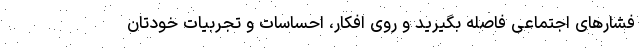
فشار‌های اجتماعی فاصله بگیرید و روی افکار، احساسات و تجربیات خودتان